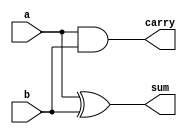
module half_adder_dataflow(a, b, sum, carry);
input a, b;
output sum, carry;

assign sum = a ^ b;
assign carry = a & b;

endmodule